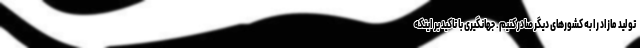
تولید مازاد را به کشورهای دیگر صادر کنیم. جهانگیری با تاکید بر اینکه